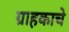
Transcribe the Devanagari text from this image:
ग्राहकाचे